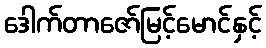
ဒေါက်တာဇော်မြင့်မောင်နှင့်